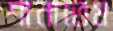
শানাতেম